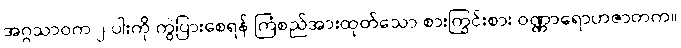
အဂ္ဂသာဝက ၂-ပါးကို ကွဲပြားစေရန် ကြံစည်အားထုတ်သော စားကြွင်းစား ဝဏ္ဏာရောဟဇာတက။